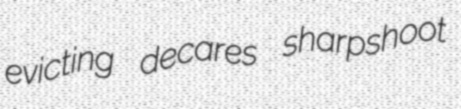
evicting decares sharpshoot